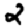
Digit: 2